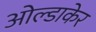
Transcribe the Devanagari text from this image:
ओल्डाकेर